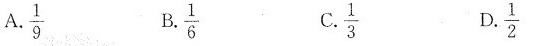
A.\frac{1}{9} B.\frac{1}{6} C. \frac{1}{3} D.\frac{1}{2}